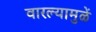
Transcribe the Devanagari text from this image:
वारल्यामुळें